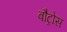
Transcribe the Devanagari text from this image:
बौट्रोस